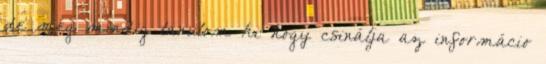
de még mindig tanulom ki hogy csinálja az informácio